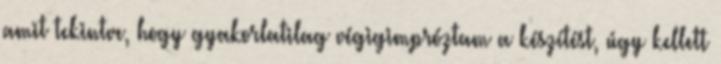
amit tekintve, hogy gyakorlatilag végigimpróztam a készítést, úgy kellett